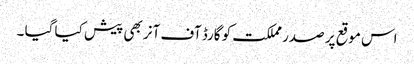
اس موقع پر صدر مملکت کو گارڈ آف آنر بھی پیش کیا گیا ۔